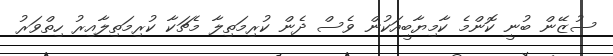
ސުޒޭން ބުނީ ކޮންމެ ކާމިޔާބީއަކުން ވެސް ދެން ކުރިމަތިލާ މެޗަކާ ކުރިމަތިލާއިރު ހިތްވަރު